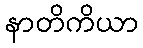
နာတိကိယာ